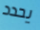
يحدد